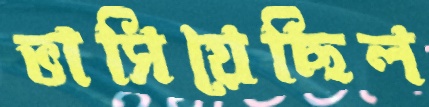
ভাসিয়েছিল